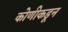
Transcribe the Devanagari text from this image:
कोणीकडून